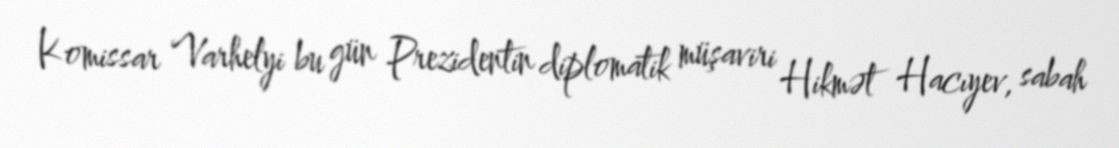
Komissar Varhelyi bu gün Prezidentin diplomatik müşaviri Hikmət Hacıyev, sabah